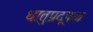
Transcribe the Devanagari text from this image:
धातुप्रदूषक